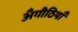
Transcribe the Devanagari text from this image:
अँगीठियाँ